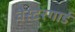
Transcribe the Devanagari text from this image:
वैस्टरगार्ड